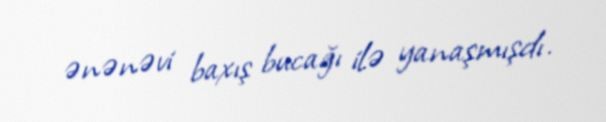
ənənəvi baxış bucağı ilə yanaşmışdı.